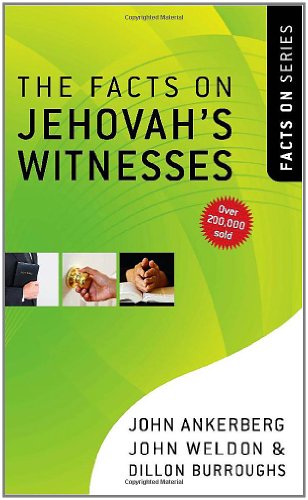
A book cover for The Facts on Jehovah's Witnesses (The Facts On Series); John Ankerberg; Christian Books & Bibles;